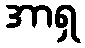
အာရှ